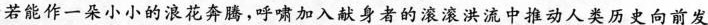
若能作一朵小小的浪花奔腾，呼啸加入献身者的滚滚洪流中推动人类历史向前发